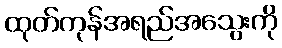
ထုတ်ကုန်အရည်အသွေးကို